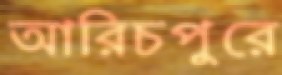
আরিচপুরে